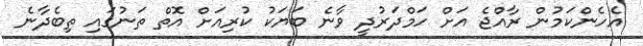
އެހެންކަމުން ރާއްޖެ އަށް ހަމްދަރުދީ ވާނެ ބަޔަކު ކުރިއަށް އޮތް ތަނުގައި ތިބެދާނެ